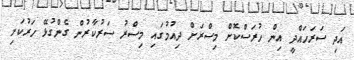
އަދި ސަރަހައްދީ އިން ހުރަސްކޮށް މިސްރަށް ދިއުމުގައި މިސްރު ސަރުކާރުން ގެންގުޅޭ ހަރުކަށި